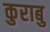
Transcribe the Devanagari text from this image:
कुराबु